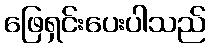
ဖြေရှင်းပေးပါသည်